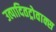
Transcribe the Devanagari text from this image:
उत्पादितट्रोवाक्स